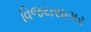
વિજયસાગર